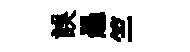
誤愚竺